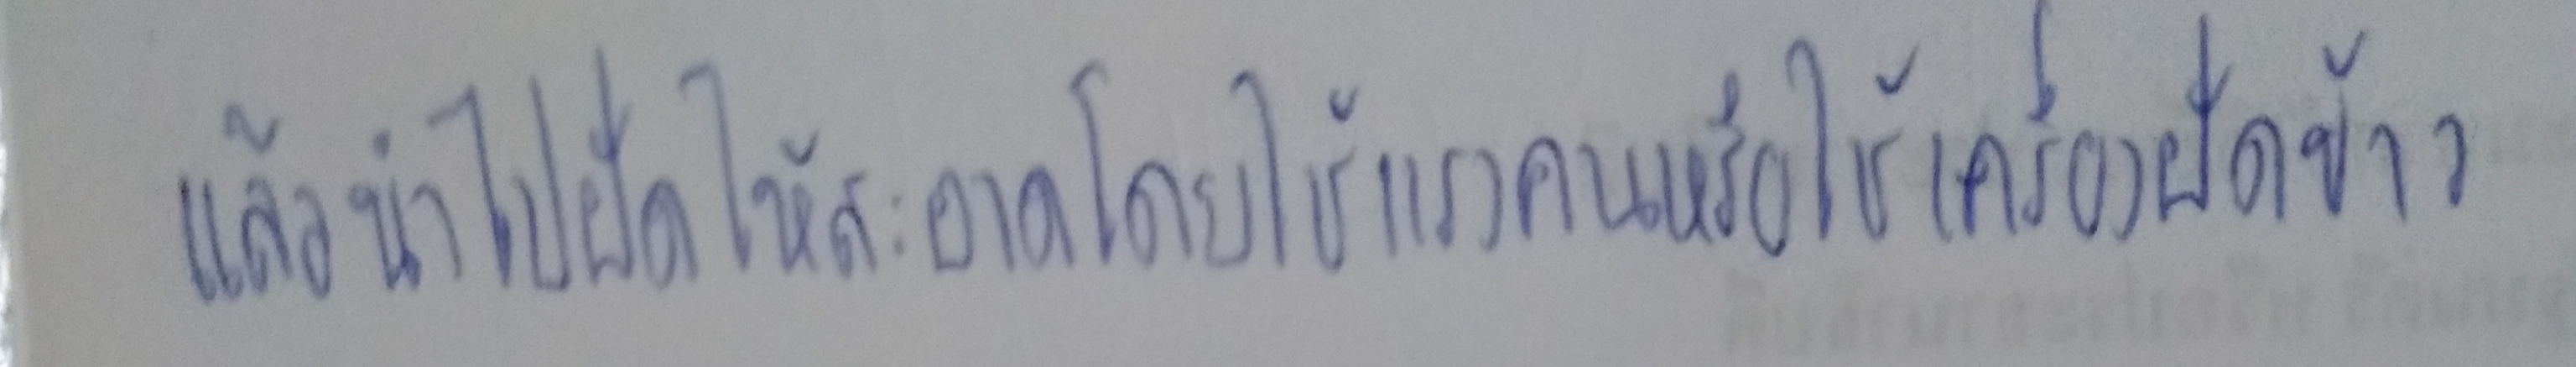
แล้วนำไปฝัดให้สะอาดโดยใช้แรงคนหรือใช้เครื่องฝัดข้าวก็ได้